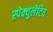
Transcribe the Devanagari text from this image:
स्पेक्युलेटिव